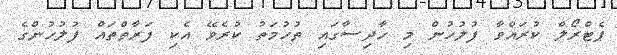
ޕެޓްރޯލް ކުރައްވާ ފުލުހުން މި ހާދިސާގައި ތުހުމަތު ކުރެވޭ އެކި ފަރާތްތައް ފުލުހުންގެ